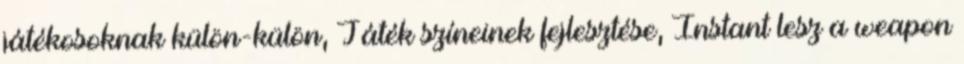
játékosoknak külön-külön, Játék színeinek fejlesztése, Instant lesz a weapon